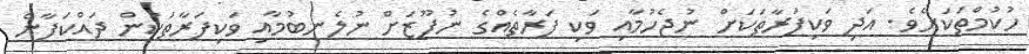
ހުކުމްތަކަށެވެ. އަދި ވަކިފަރާތަކަށް ނުޖެހުމާއި ވަކި ފަރާތެއްގެ ނުފޫޒަށް ނުލެނބުމާއި ވަކިފަރާތަކުން ދައްކަފާނެ